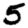
Digit: 5